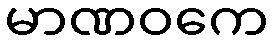
မာဏဝကေ